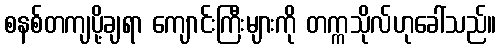
စနစ်တကျပို့ချရာ ကျောင်းကြီးများကို တက္ကသိုလ်ဟုခေါ်သည်။